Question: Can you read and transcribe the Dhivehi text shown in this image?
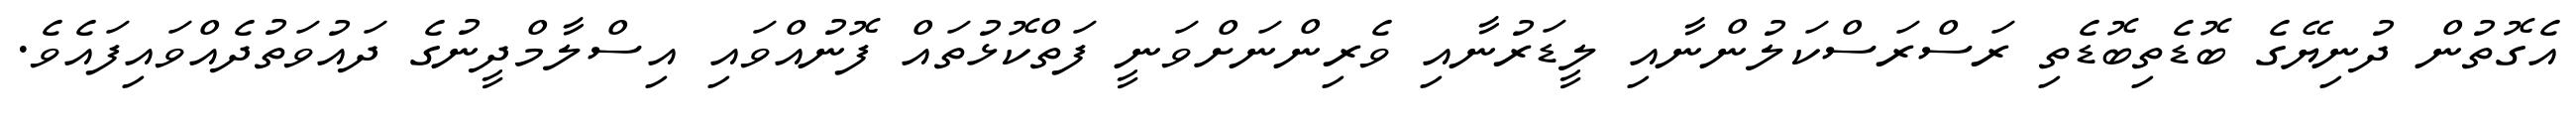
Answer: އެގޮތުން ދުނިޔޭގެ ބޮޑެތިބޮޑެތި ރަސްރަސްކަލުންނާއި ލީޑަރުނާއި ވެރިންނަށްވަނީ ފަތްކޮޅުތައް ފޮނުއްވައި އިސްލާމްދީނުގެ ދައުވަތުދެއްވައިފައެވެ.